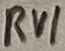
Text: RV1